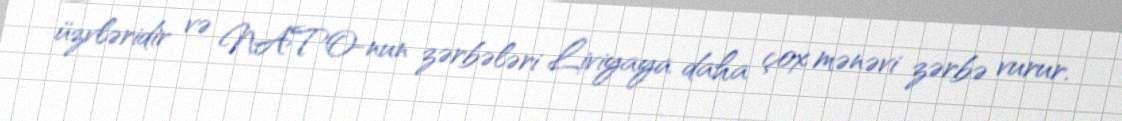
üzvləridir və NATO-nun zərbələri Liviyaya daha çox mənəvi zərbə vurur.